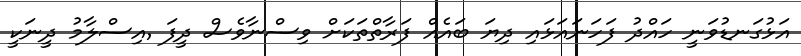
އަޅުގަނޑުވަނީ ހައްދު ފަހަނައަޅައި ދިޔަ ބައެއް ފަރާތްތަކަށް ވިސްނާވެސް ދީފަ